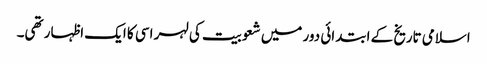
اسلامی تاریخ کے ابتدائی دور میں شعوبیت کی لہر اسی کا ایک اظہار تھی۔